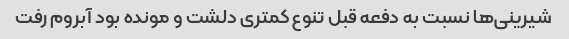
شیرینی‌ها نسبت به دفعه قبل تنوع کمتری دلشت و مونده بود آبروم رفت